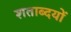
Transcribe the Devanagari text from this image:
शताब्दयों